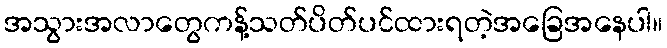
အသွားအလာတွေကန့်သတ်ပိတ်ပင်ထားရတဲ့အခြေအနေပါ။